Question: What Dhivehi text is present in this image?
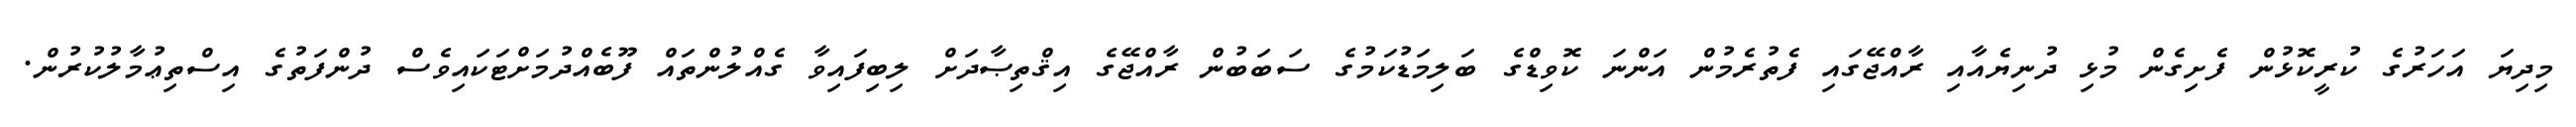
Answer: މިދިޔަ އަހަރުގެ ކުރީކޮޅުން ފެށިގެން މުޅި ދުނިޔެއާއި ރާއްޖޭގައި ފެތުރެމުން އަންނަ ކޮވިޑްގެ ބަލިމަޑުކަމުގެ ސަބަބުން ރާއްޖޭގެ އިޤްތިޞާދަށް ލިބިފައިވާ ގެއްލުންތައް ފޫބެއްދުމަށްޓަކައިވެސް ދުންފަތުގެ އިސްތިޢުމާލުކުރުން.